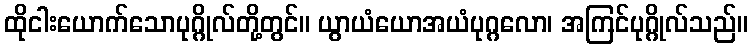
ထိုငါးယောက်သောပုဂ္ဂိုလ်တို့တွင်။ ယွာယံယောအယံပုဂ္ဂလော၊ အကြင်ပုဂ္ဂိုလ်သည်။